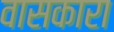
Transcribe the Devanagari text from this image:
वासकारा